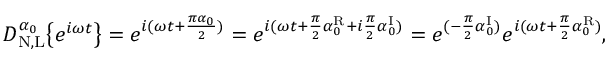
D _ { \mathrm { N , L } } ^ { \alpha _ { 0 } } \big \{ { e ^ { i \omega t } \big \} } = e ^ { i ( \omega t + \frac { \pi \alpha _ { 0 } } { 2 } ) } = e ^ { i ( \omega t + \frac { \pi } { 2 } \alpha _ { 0 } ^ { \mathrm { R } } + i \frac { \pi } { 2 } \alpha _ { 0 } ^ { \mathrm { I } } ) } = e ^ { ( - \frac { \pi } { 2 } \alpha _ { 0 } ^ { \mathrm { I } } ) } e ^ { i ( \omega t + \frac { \pi } { 2 } \alpha _ { 0 } ^ { \mathrm { R } } ) } ,